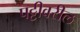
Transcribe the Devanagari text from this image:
पट्टीवरील